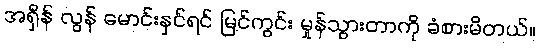
အရှိန် လွန် မောင်းနှင်ရင် မြင်ကွင်း မှုန်သွားတာကို ခံစားမိတယ်။